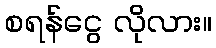
စရန်ငွေ လိုလား။